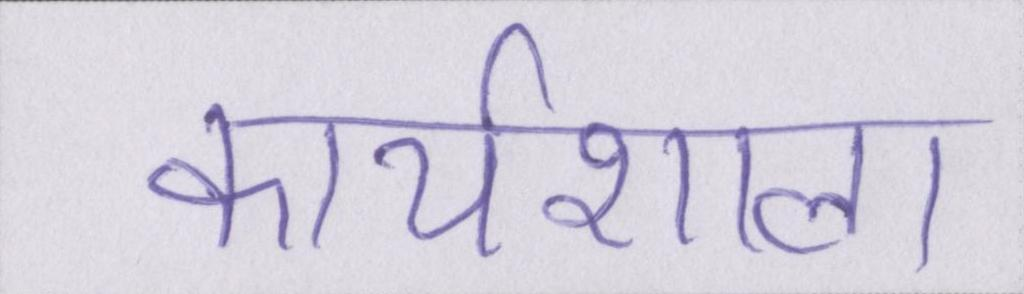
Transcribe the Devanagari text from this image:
कार्यशाला